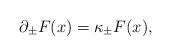
LaTeX: \begin{align*}\partial _{\pm }F(x)=\kappa _{\pm }F(x), \end{align*}